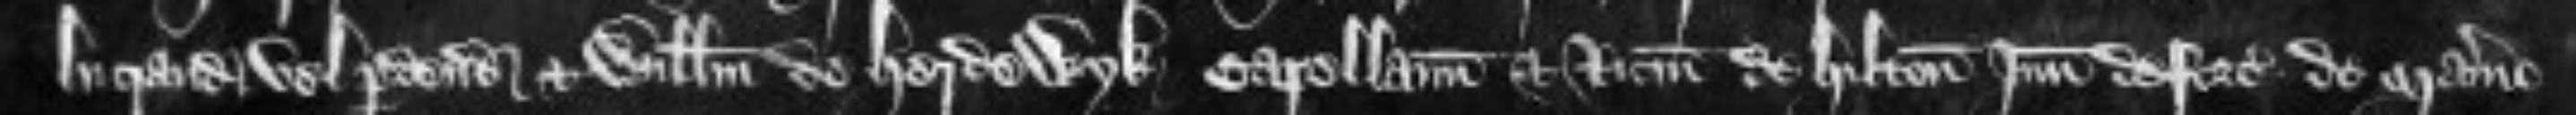
lucrandum vel perdendum et Willelmum de Herdewyk capellanum et Ricardum de Hilton Juniorem deforciantes de manerio